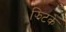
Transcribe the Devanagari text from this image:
झिटके